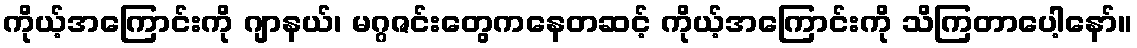
ကိုယ့်အကြောင်းကို ဂျာနယ်၊ မဂ္ဂဇင်းတွေကနေတဆင့် ကိုယ့်အကြောင်းကို သိကြတာပေါ့နော်။